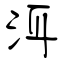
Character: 洱